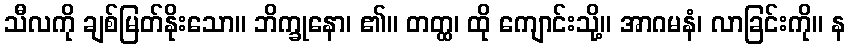
သီလကို ချစ်မြတ်နိုးသော။ ဘိက္ခုနော၊ ၏။ တတ္ထ၊ ထို ကျောင်းသို့။ အာဂမနံ၊ လာခြင်းကို။ န